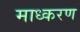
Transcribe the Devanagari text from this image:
माध्करण